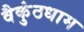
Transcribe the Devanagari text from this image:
वैकुंठधाम